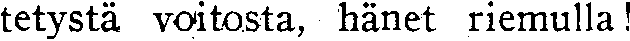
tetystä voitosta, hänet riemulla!